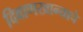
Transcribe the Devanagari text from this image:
दिवाणखान्याचे